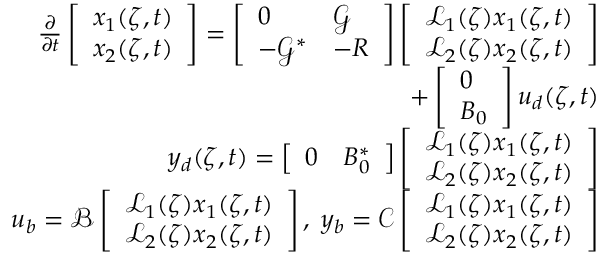
\begin{array} { r } { \frac { \partial } { \partial t } \left[ \begin{array} { l } { x _ { 1 } ( \zeta , t ) } \\ { x _ { 2 } ( \zeta , t ) } \end{array} \right] = \left[ \begin{array} { l l } { 0 } & { { \mathcal G } } \\ { - { \mathcal G } ^ { * } } & { - R } \end{array} \right] \left[ \begin{array} { l } { \mathcal { L } _ { 1 } ( \zeta ) x _ { 1 } ( \zeta , t ) } \\ { \mathcal { L } _ { 2 } ( \zeta ) x _ { 2 } ( \zeta , t ) } \end{array} \right] } \\ { + \left[ \begin{array} { l } { 0 } \\ { B _ { 0 } } \end{array} \right] u _ { d } ( \zeta , t ) } \\ { y _ { d } ( \zeta , t ) = \left[ \begin{array} { l l } { 0 } & { B _ { 0 } ^ { * } } \end{array} \right] \left[ \begin{array} { l } { \mathcal { L } _ { 1 } ( \zeta ) x _ { 1 } ( \zeta , t ) } \\ { \mathcal { L } _ { 2 } ( \zeta ) x _ { 2 } ( \zeta , t ) } \end{array} \right] } \\ { u _ { b } = { \mathcal B } \left[ \begin{array} { l } { \mathcal { L } _ { 1 } ( \zeta ) x _ { 1 } ( \zeta , t ) } \\ { \mathcal { L } _ { 2 } ( \zeta ) x _ { 2 } ( \zeta , t ) } \end{array} \right] , \; y _ { b } = { \mathcal C } \left[ \begin{array} { l } { \mathcal { L } _ { 1 } ( \zeta ) x _ { 1 } ( \zeta , t ) } \\ { \mathcal { L } _ { 2 } ( \zeta ) x _ { 2 } ( \zeta , t ) } \end{array} \right] } \end{array}